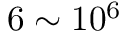
6 \sim 1 0 ^ { 6 }